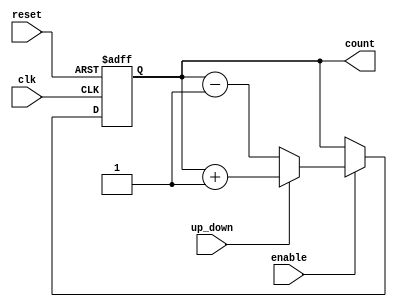
module UpDownCounter (
    input wire clk,        // Clock signal
    input wire reset,      // Asynchronous active-high reset
    input wire up_down,    // Control signal for counting direction
    input wire enable,     // Enable signal for counting
    output reg [n-1:0] count // n-bit counter output
);
    parameter n = 8; // Define bit width (can be adjusted)

    // Asynchronous reset
    always @(posedge clk or posedge reset) begin
        if (reset) begin
            count <= 0; // Reset counter to 0
        end else if (enable) begin
            if (up_down) begin
                // Count up
                count <= count + 1;
            end else begin
                // Count down
                count <= count - 1;
            end
        end
        // If enable is low, retain current value (do nothing)
    end

endmodule